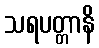
သရပတ္တာနိ